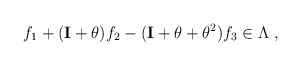
\begin{align*}f_1+({\bf I}+\theta)f_2 -({\bf I} +\theta +\theta^2 )f_3 \in \Lambda \;,\end{align*}